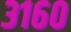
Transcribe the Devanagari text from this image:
३१६०